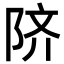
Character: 𬯀